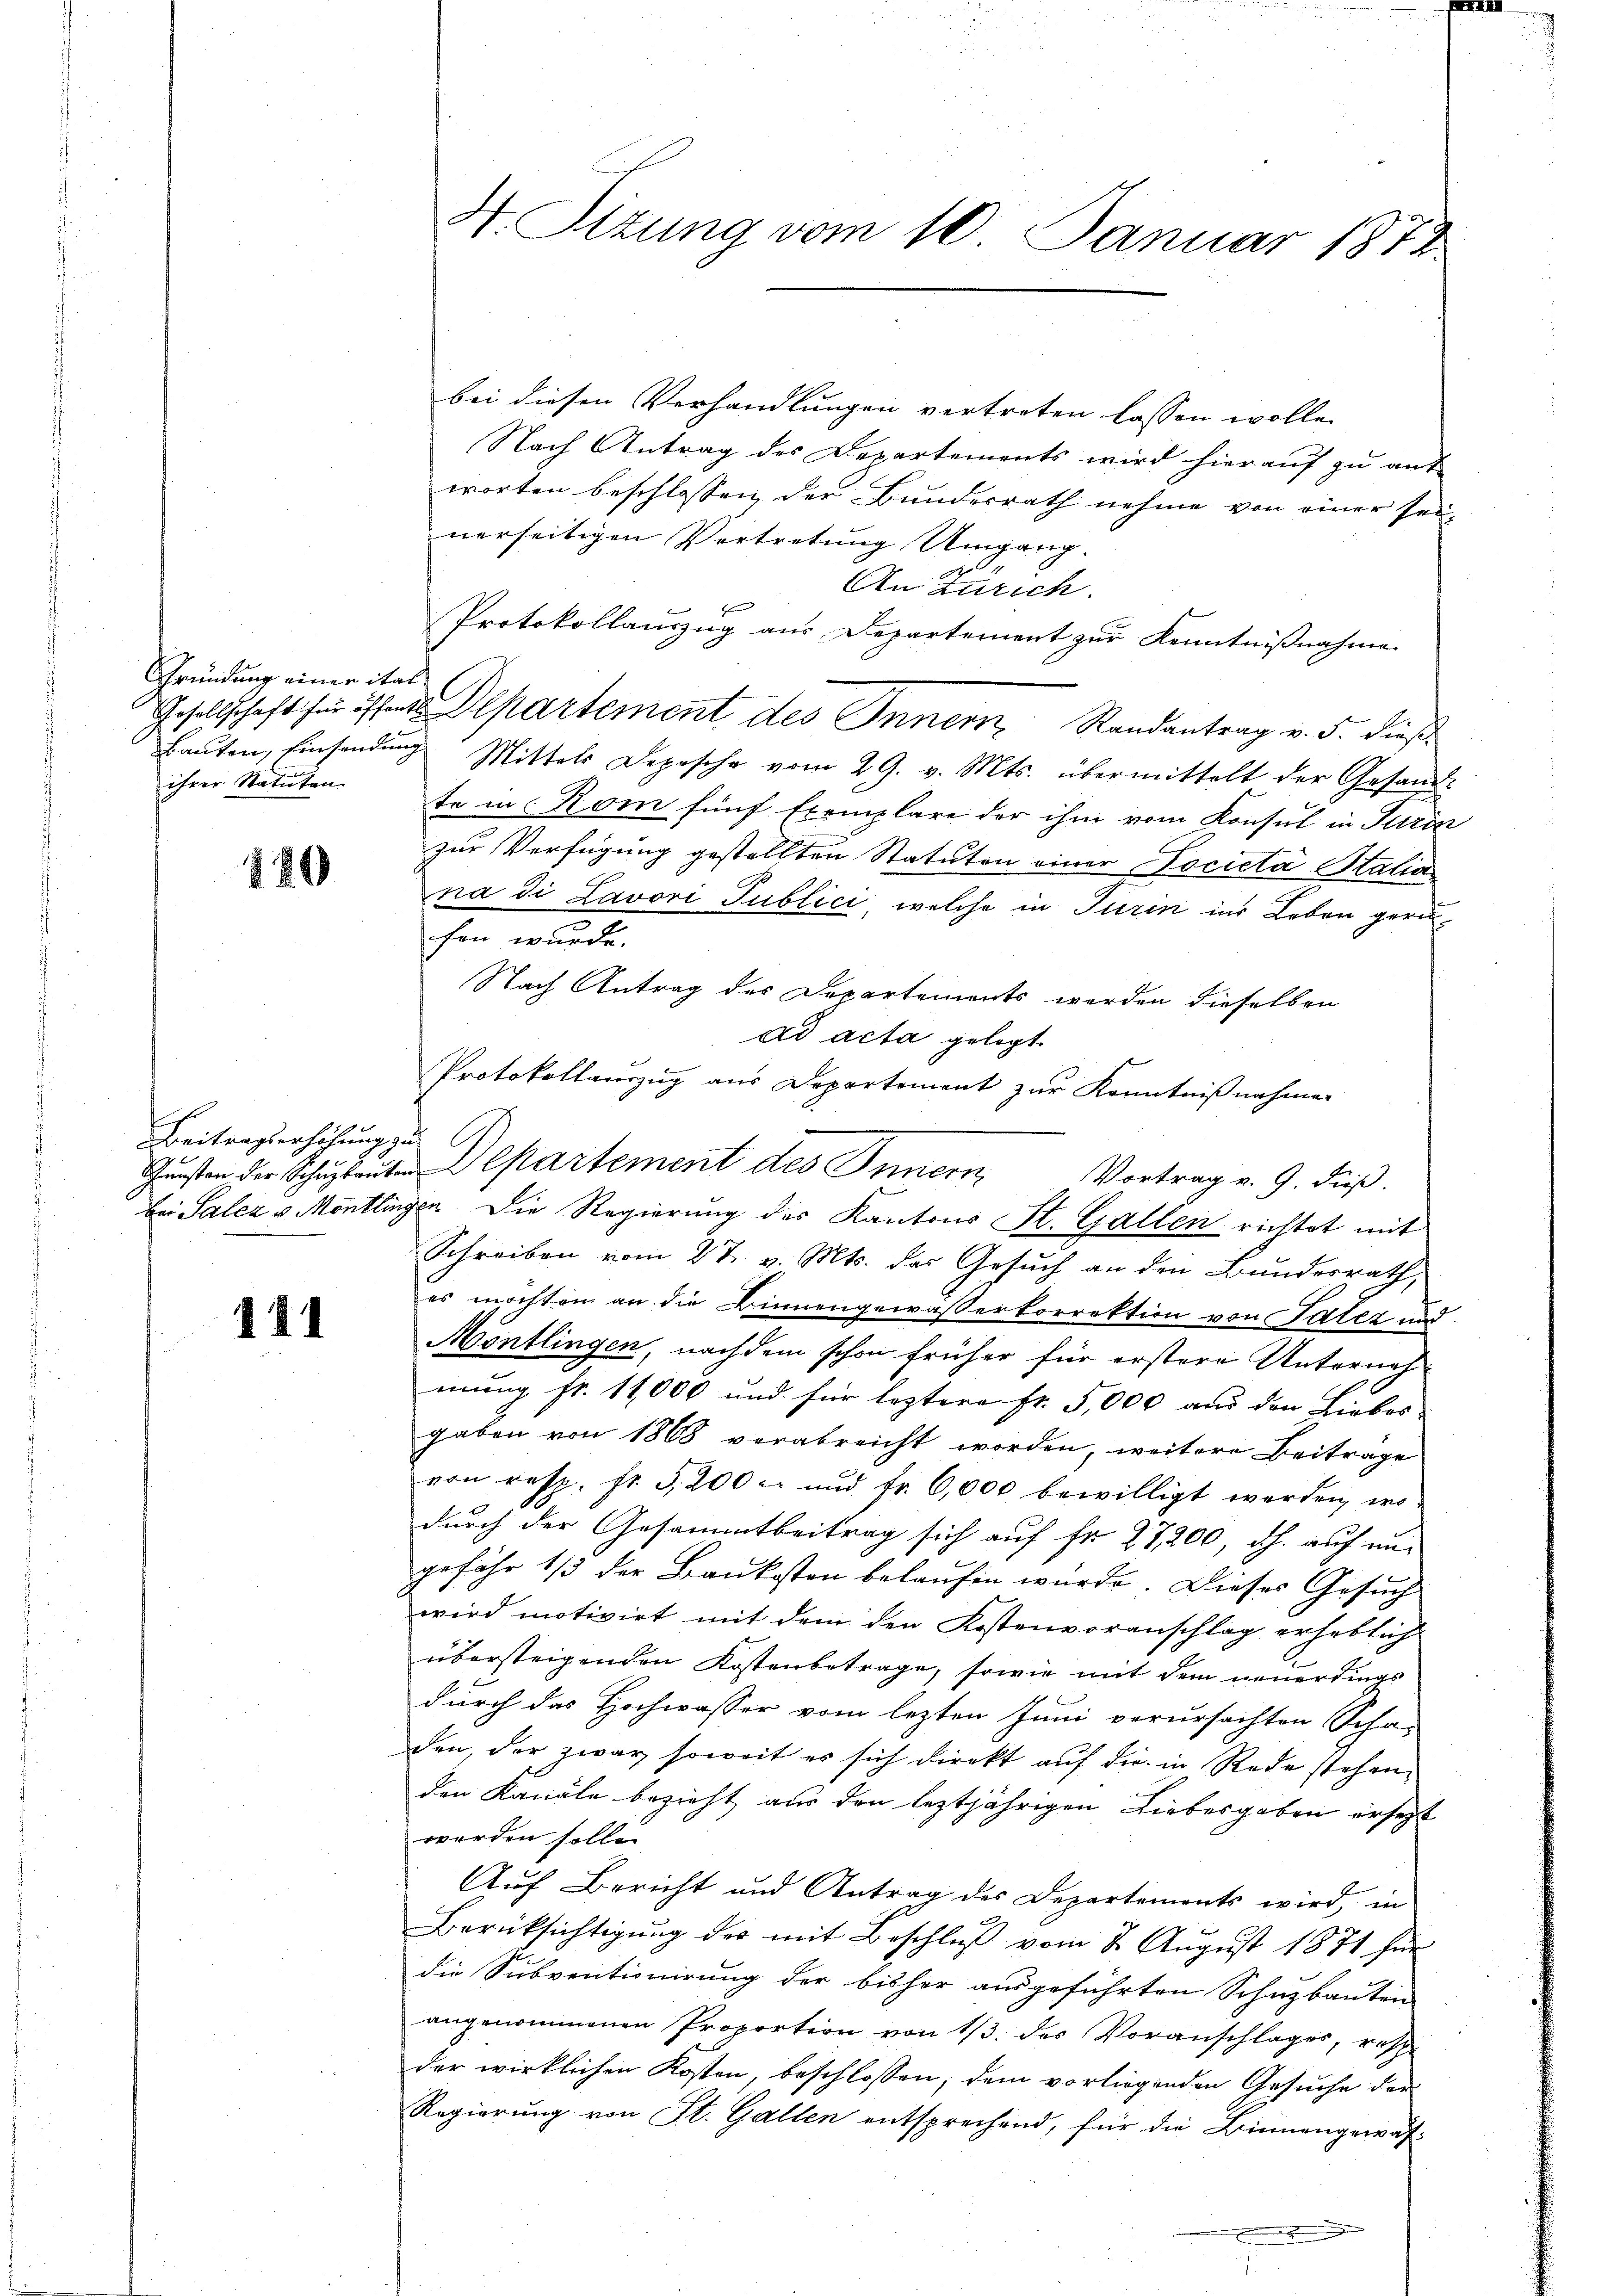
Gründung einer italihrer Statuten.

120

Beitragserhöhung zu

141

bei diesen Verhandlungen vertreten lassen wolle.
Nach Antrag des Departements wird hierauf zu ant
worten beschlossen der Bundesrath nehme von einer sei-
nerseitigen Vertretung Umgang.
An Zürich.
t
Protokollauszug aus Departement zur Kenntnißnahme
Gesellschaft für östen Departement des Innern Randantrag v. 5. dieß
Baŭten, Einsendŭng Mittels Depesche vom 29. v. Mts. übermittelt der Gesand-
te in Kom fünf Exemplare der ihm vom Konsul in Turin
zur Verfügung gestellten Statuten einer Societa Stalia
na di Lavori Publici welche in Turin ins Leben gerufen wurde.
Nach Antrag des Departements werden dieselben
ad acta gelegt.
Protokollauszug aus Departement zur Kenntnißnahmen
Gŭnsten der Schŭleŭte partement des Innern
Vortrag v. 9. dieß.
Schreiben vom 27. v. Mts. das Gesuch an den Bundesrath,
es möchten an die Binnengewässerkorrektion von Tatez und
Montlingen, nachdem schon früher für erstere Unternehmung fr. 11,000 und für leztere Fr. 5,000 aus den Liebos-
gaben von 1868 verabreicht worden, weitere Beiträge
von resp. fr. 5200 c. und fr. 6,000 bewilligt werden, wo-
durch der Gesammtbeitrag sich auf fr. 27,200, dh. auf un-
gefähr 1/3 der Baukosten belaufen wurde. Dieses Gesuch
wird motivirt mit dem den Kostenvoranschlag erheblich
übersteigenden Kostenbetrage, sowie mit dem neuerdings
durch das Hochwasser vom lezten Juni verursachten Scha-
den, der zwar soweit es sich direkt auf die in Rede stehen,
den Kanäle bezieht aus den leztjährigen Liebesgaben ersetzt
werden solle.
Auf Bericht und Antrag des Departements wird, in
Berücksichtigŭng der mit Beschlŭβ vom 2. August 1871 für
die Subventionirung der bisher ausgeführten Schuzbauten
angenommenen Proportion von 1/3. des Voranschlages, raschder wirklichen Kosten, beschlossen; dem vorliegenden Gesuche der
Regierung von St. Gallen entsprechend, für die Binnengewäh¬

H. Sizung vom 10. Januar 1872

bei Salez v. Montlingen. Die Regierung des Kantons St. Gallen richtet mit